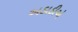
અડાડીએ